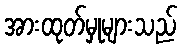
အားထုတ်မှုများသည်